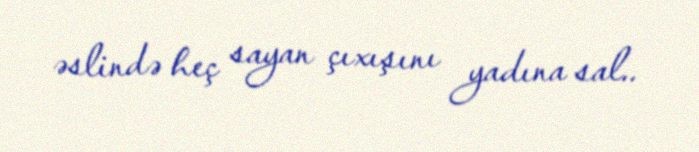
əslində heç sayan çıxışını yadına sal..